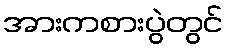
အားကစားပွဲတွင်